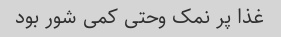
غذا پر نمک وحتی کمی شور بود